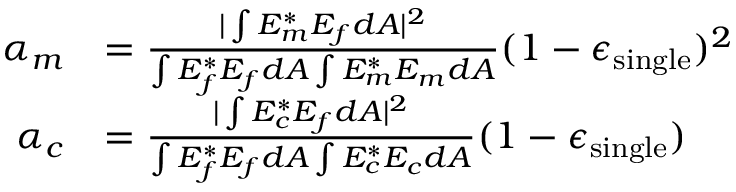
\begin{array} { r l } { \alpha _ { m } } & { = \frac { | \int E _ { m } ^ { * } E _ { f } d A | ^ { 2 } } { \int E _ { f } ^ { * } E _ { f } d A \int E _ { m } ^ { * } E _ { m } d A } ( 1 - \epsilon _ { \mathrm { s i n g l e } } ) ^ { 2 } } \\ { \alpha _ { c } } & { = \frac { | \int E _ { c } ^ { * } E _ { f } d A | ^ { 2 } } { \int E _ { f } ^ { * } E _ { f } d A \int E _ { c } ^ { * } E _ { c } d A } ( 1 - \epsilon _ { \mathrm { s i n g l e } } ) } \end{array}